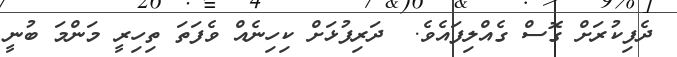
ދެފިކުރަށް ގޮސް ގެއްލިފައެވެ.  ދަރިފުޅަށް ކިހިނެއް ވެފަތަ ތިހިރީ މަންމަ ބުނީ